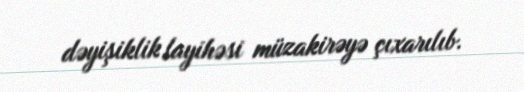
dəyişiklik layihəsi müzakirəyə çıxarılıb.